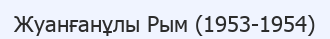
Жуанғанұлы Рым (1953-1954)